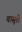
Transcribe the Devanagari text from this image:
बासुरी